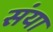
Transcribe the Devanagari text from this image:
संया